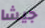
جيشا